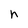
Character: n